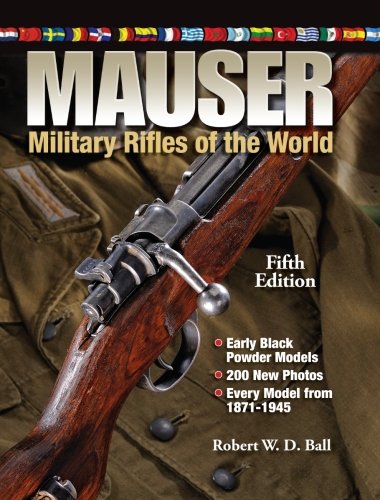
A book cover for Mauser Military Rifles of the World; Robert W. D. Ball; Crafts, Hobbies & Home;